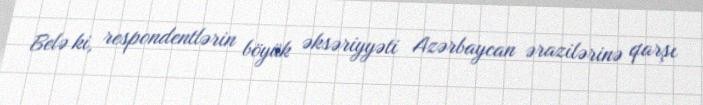
Belə ki, respondentlərin böyük əksəriyyəti Azərbaycan ərazilərinə qarşı